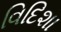
વિદિશા